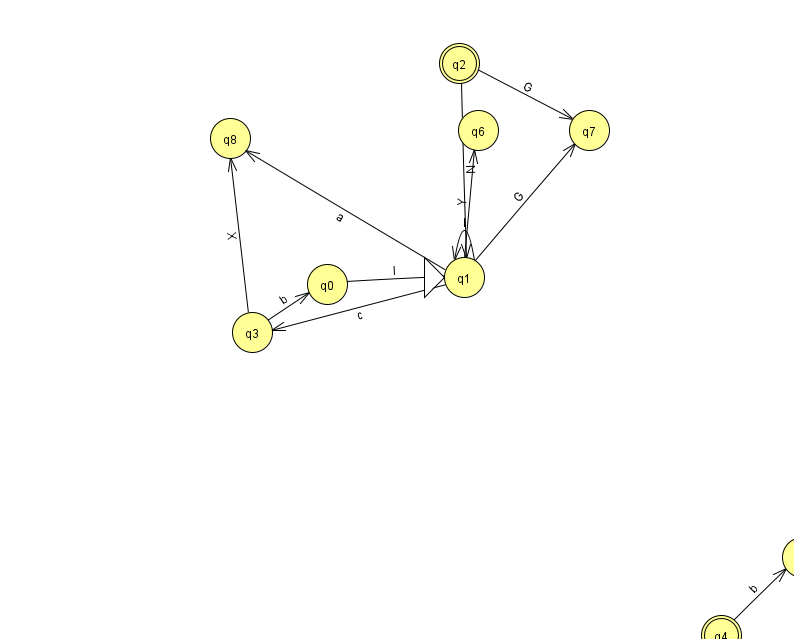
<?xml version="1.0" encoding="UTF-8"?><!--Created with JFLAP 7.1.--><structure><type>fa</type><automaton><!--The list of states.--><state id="0" name="q0"><x>327.0</x><y>271.0</y></state><state id="1" name="q1"><x>464.0</x><y>264.0</y><initial/></state><state id="2" name="q2"><x>459.0</x><y>50.0</y><final/></state><state id="3" name="q3"><x>252.0</x><y>319.0</y></state><state id="4" name="q4"><x>721.0</x><y>622.0</y><final/></state><state id="5" name="q5"><x>802.0</x><y>544.0</y></state><state id="6" name="q6"><x>478.0</x><y>117.0</y></state><state id="7" name="q7"><x>589.0</x><y>117.0</y></state><state id="8" name="q8"><x>230.0</x><y>125.0</y></state><!--The list of transitions.--><transition><from>2</from><to>1</to><read>N</read></transition><transition><from>3</from><to>8</to><read>X</read></transition><transition><from>1</from><to>8</to><read>a</read></transition><transition><from>4</from><to>5</to><read>b</read></transition><transition><from>2</from><to>7</to><read>G</read></transition><transition><from>0</from><to>1</to><read>I</read></transition><transition><from>1</from><to>3</to><read>c</read></transition><transition><from>1</from><to>7</to><read>G</read></transition><transition><from>3</from><to>0</to><read>b</read></transition><transition><from>1</from><to>1</to><read>l</read></transition><transition><from>1</from><to>6</to><read>Y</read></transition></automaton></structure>